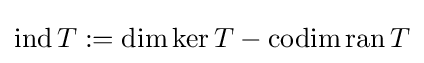
\operatorname {ind} T:=\dim \ker T-\operatorname {codim} \operatorname {ran} T